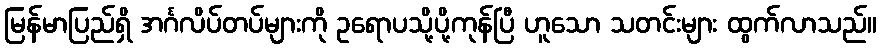
မြန်မာပြည်ရှိ အင်္ဂလိပ်တပ်များကို ဥရောပသို့ပို့ကုန်ပြီ ဟူသော သတင်းများ ထွက်လာသည်။